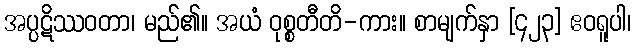
အပ္ပဋိဿဝတာ၊ မည်၏။ အယံ ဝုစ္စတီတိ-ကား။ စာမျက်နှာ [၄၂၃] ဧဝရူပါ၊